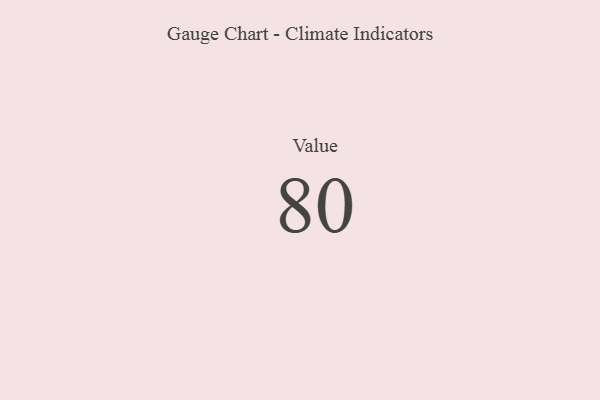
{"axis": {"x": "Metric", "y": "Value"}, "legend": [""], "data": [{"x": "Value", "y": 80, "type": ""}]}